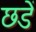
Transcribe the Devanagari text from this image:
छडें